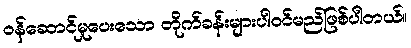
ဝန်ဆောင်မှုပေးသော တိုက်ခန်းများပါဝင်မည်ဖြစ်ပါတယ်။